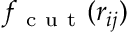
f _ { \mathrm { ~ c ~ u ~ t ~ } } ( r _ { i j } )